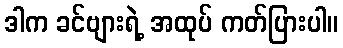
ဒါက ခင်ဗျားရဲ့ အထုပ် ကတ်ပြားပါ။